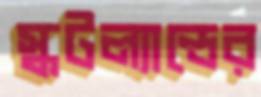
স্কটল্যান্ডের